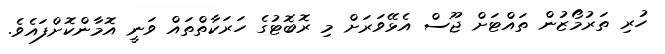
ހުރި ތަރުމޯޒުން ތައްޓަށް ޖޫސް އެޅޭވަރަށް މި ރޮބޮޓުގެ ހަރަކާތްތައް ވަނީ އޮމާންކޮށްފައެވެ.